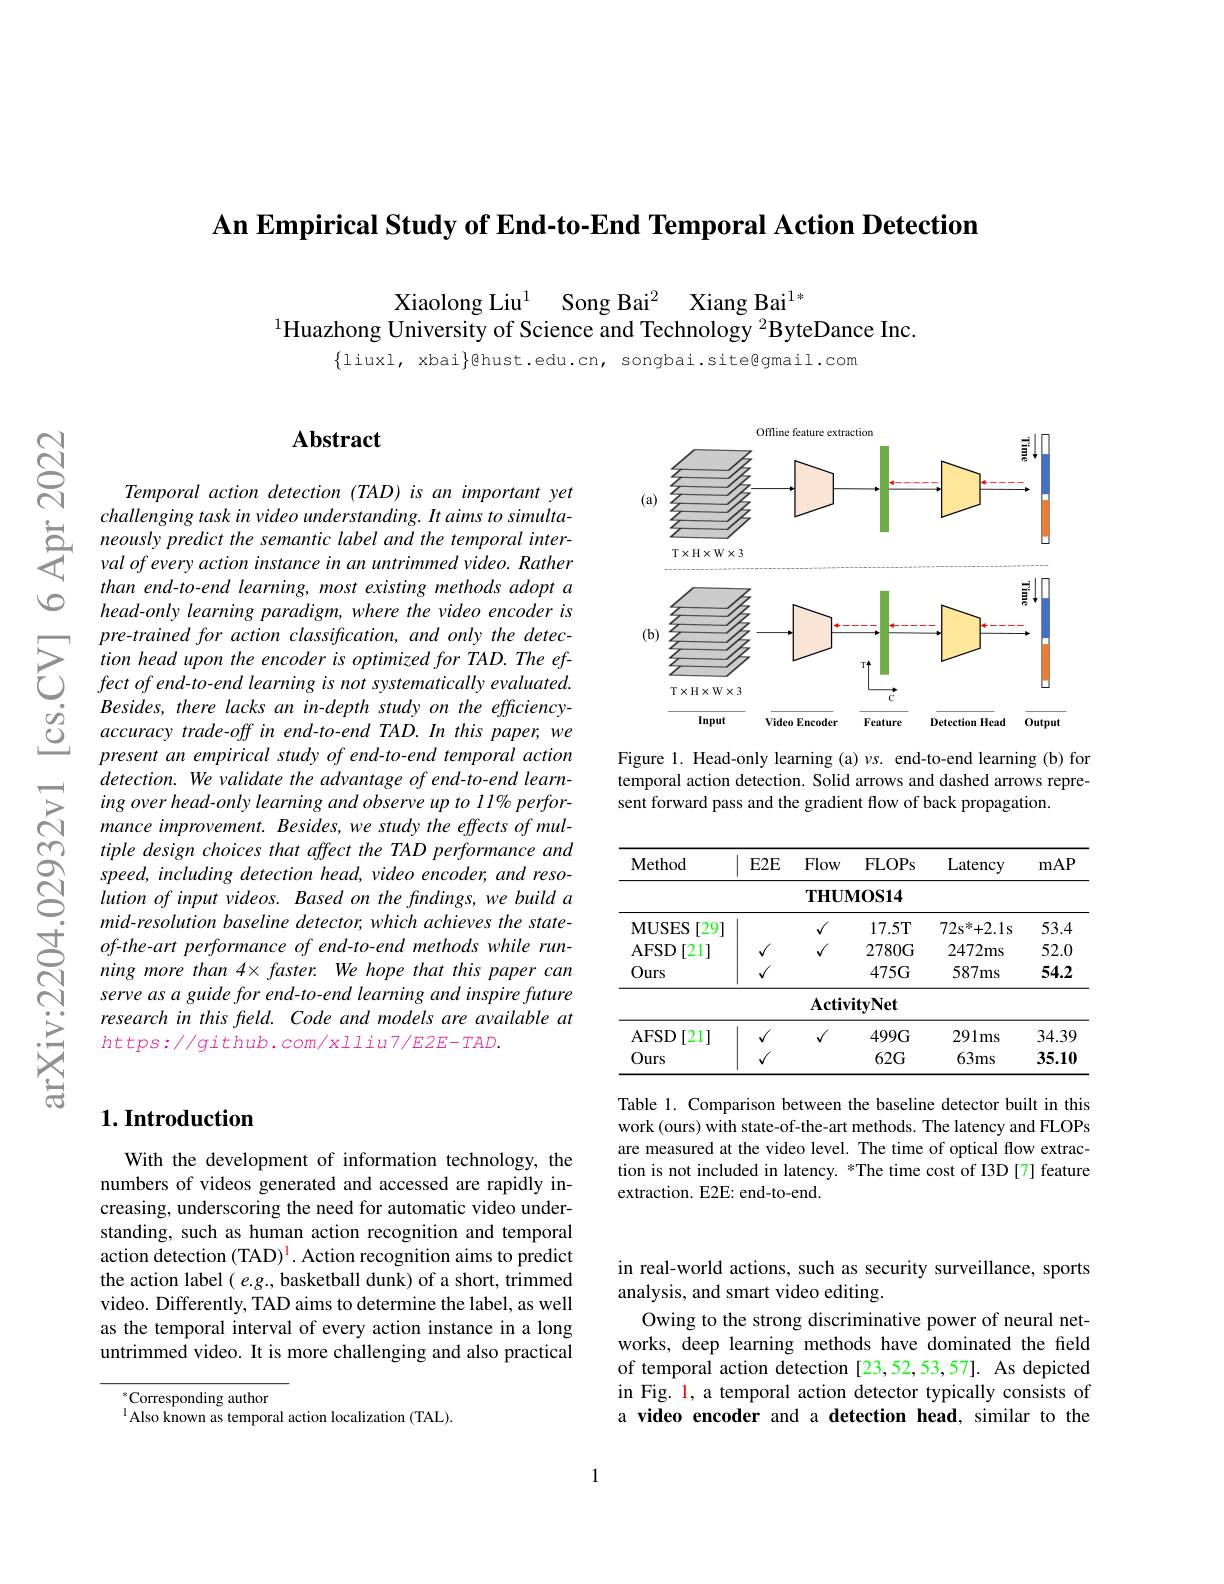
An Empirical Study of End-to-End Temporal Action Detection

Xiaolong Liu$^1$ Song Bai$^2$ Xiang Bai$^1$,
$^{1}$Huazhong University of Science and Technology $^{2}$ByteDance Inc.

$\{$liuxl, xbai$\}$@hust.edu.c

$ପ୍ରିୁ$

$vo$

## $\mathbf{Abstract}$

Temporal action detection (T challenging task in video un
than end-to-end learning, mo head-only learning paradigm,
$\sum_{\begin{array}{lll}&\text{pre-trained for }\end{array}}$
Besides, there lacks an in-d
$\textcircled {2}$ accuracy trade-off in
present an empirical study o detection. We validate the a ing over head- only learning mance improvement. Besides, we study the effects of multiple design choices that af speed, including detection head, video encoder, and resolution of input videos. Based on the findings, we build a mid-resolution baseline detector, which achieves the stateof-the-art performance of end-to-end methods while running more than 4× faster. We hope that this paper can serve as a guide for end-to-end learning and inspire future research in this freld. Code and models are available at $https://github.com/xlliu7/E2E-TAD.$

<FigureHere>

Figure 1. Head-only learning (a) $\nu s.$ end-to-end learning (b)for temporal action detection. Solid arrows and dashed arrows represent forward pass and the gradient flow of back propagation.

<table>
	<tbody>
		<tr>
			<th>Method</th>
			<th>$E2E$</th>
			<th>Flow</th>
			<th>FLOPs</th>
			<th>Latency</th>
			<th>mAP</th>
		</tr>
		<tr>
			<td> </td>
			<td> </td>
			<td>$\mathbf{THUM}$</td>
			<td>$\mathbf{MOS14}$</td>
			<td> </td>
			<td> </td>
		</tr>
		<tr>
			<td>$\mathbf{MUSES}$ 29]</td>
			<td> </td>
			<td>$√$</td>
			<td>17.5T</td>
			<td>$72\mathrm{s}^{*}+2.1$s</td>
			<td>53.4</td>
		</tr>
		<tr>
			<td>AFSD [21]</td>
			<td>1</td>
			<td>$\sqrt{1}$</td>
			<td>2780G</td>
			<td>2472ms</td>
			<td>52.0</td>
		</tr>
		<tr>
			<td>Ours</td>
			<td>$√$</td>
			<td> </td>
			<td>$475G$</td>
			<td>$587ms$</td>
			<td>54.2</td>
		</tr>
		<tr>
			<td> </td>
			<td> </td>
			<td>Activi</td>
			<td>ityNet</td>
			<td> </td>
			<td> </td>
		</tr>
		<tr>
			<td>AFSD [21]</td>
			<td>$\checkmark$</td>
			<td>$√$</td>
			<td>$499G$</td>
			<td>$291ms$</td>
			<td>34.39</td>
		</tr>
		<tr>
			<td>Ours</td>
			<td>1</td>
			<td> </td>
			<td>$62G$</td>
			<td>$63ms$</td>
			<td>35.10</td>
		</tr>
	</tbody>
</table>

Table 1. Comparison between the baseline detector built in this work (ours) with state-of-the-art methods. The latency and FLOPs are measured at the video level. The time of optical flow extraction is not included in latency. *The time cost of I3D [7] feature extraction. E2E: end-to-end.

## $1. \textbf{Introduction}$

With the development of information technology, the numbers of videos generated and accessed are rapidly increasing, underscoring the need for automatic video understanding, such as human action recognition and temporal action detection (TAD)$^{\color{red}{1}}$. Action recognition aims to predict the action label $(e.g.$, basketball dunk) of a short, trimmed video. Differently, TAD aims to determine the label, as well as the temporal interval of every action instance in a long untrimmed video. It is more challenging and also practical

$^{*}$Corresponding author
$^{1}$Also known as temporal

in real-world actions, such as security surveillance, sports
analysis, and smart video ed
Owing to the strong discriminative power of neural networks, deep learning methods of temporal action detection in Fig. 1, a temporal action detector typically consists of a video encoder and a detect